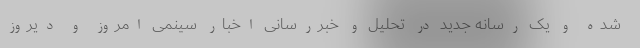
شده و یک رسانه جدید در تحلیل و خبررسانی اخبار سینمی امروز و دیروز